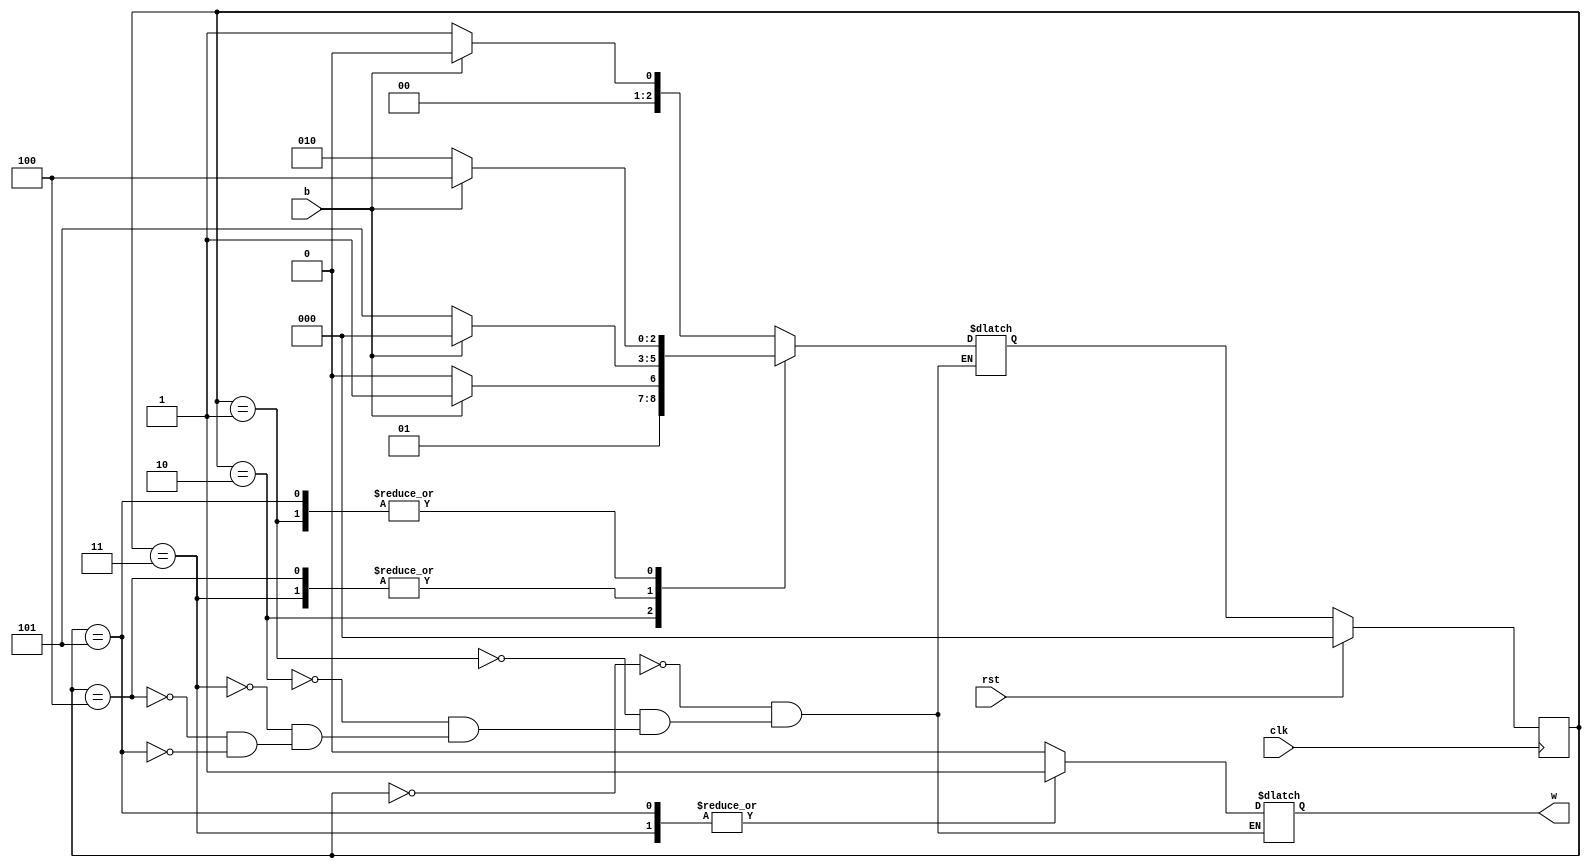
`timescale 1 ns / 1 ps

module detector(clk, rst, b, w);
	input clk, rst, b;
	output reg w;

	reg [2:0] state, state_next;

	parameter INIT = 0, s0 = 1, s00 = 2, s001 = 3, s01 = 4, s010 = 5;

	always @(state, b) begin
		case(state)
			INIT: begin
				w <= 0;

				if(b == 1) state_next <= INIT;
				else if (b == 0) state_next <= s0;
				else state_next <= INIT;
			end

			s0: begin
				w <= 0;

				if(b == 1) state_next <= s01;
				else if (b == 0) state_next <= s00;
				else state_next <= INIT;
			end
		
			s00: begin
				w <= 0;

				if(b == 1) state_next <= s001;
				else if (b == 0) state_next <= s00;
				else state_next <= INIT;
			end

			s001: begin
				w <= 1;

				if(b == 1) state_next <= INIT;
				else if (b == 0) state_next <= s010;
				else state_next <= INIT;
			end

			s01: begin
				w <= 0;

				if(b == 1) state_next <= INIT;
				else if (b == 0) state_next <= s010;
				else state_next <= INIT;
			end

			s010: begin
				w <= 1;

				if(b == 1) state_next <= s01;
				else if (b == 0) state_next <= s00;
				else state_next <= INIT;
			end
	endcase
	
		
end


	always @(posedge clk) begin
		if(rst == 1) state <= INIT;
		else state <= state_next;
	end


endmodule